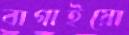
বাগাইয়ো